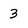
Character: 3